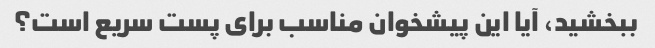
ببخشید، آیا این پیشخوان مناسب برای پست سریع است؟